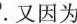
m=n的情形，那么有$$a”÷a”=a”-”=a”-”=a0$$。又因为a $$a^{m}\div a^{n}= \frac{a^{m}}{a^{n}}= \frac{a^{m}}{a^{m}}=1,$$